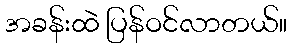
အခန်းထဲ ပြန်ဝင်လာတယ်။